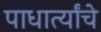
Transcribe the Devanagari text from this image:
पाधार्त्यांचे